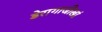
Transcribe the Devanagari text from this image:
डेरागाजीखां